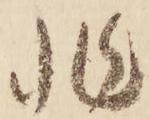
非